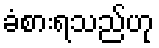
ခံစားရသည်ဟု